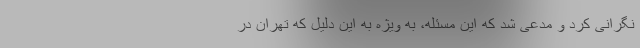
نگرانی کرد و مدعی شد که این مسئله، به ویژه به این دلیل که تهران در